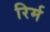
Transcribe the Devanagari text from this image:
रिर्म